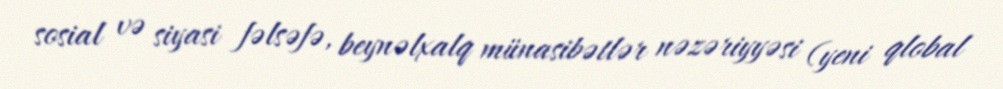
sosial və siyasi fəlsəfə, beynəlxalq münasibətlər nəzəriyyəsi (yeni qlobal